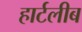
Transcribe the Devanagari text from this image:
हार्टलीब